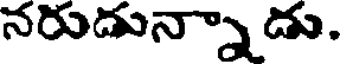
నరుడున్నా డు.